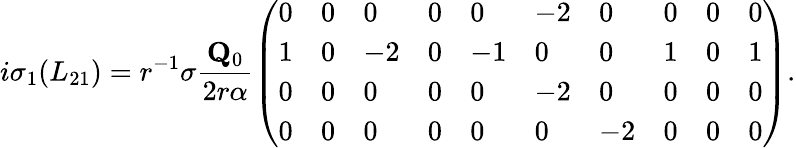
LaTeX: i\sigma_{1}(L_{21})=r^{-1}\sigma\frac{\mathbf{Q}_{0}}{2r\alpha}\left(\begin{array}{llllllllll}{0}&{0}&{0}&{0}&{0}&{-2}&{0}&{0}&{0}&{0}\\ {1}&{0}&{-2}&{0}&{-1}&{0}&{0}&{1}&{0}&{1}\\ {0}&{0}&{0}&{0}&{0}&{-2}&{0}&{0}&{0}&{0}\\ {0}&{0}&{0}&{0}&{0}&{0}&{-2}&{0}&{0}&{0}\end{array}\right).